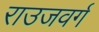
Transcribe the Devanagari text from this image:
राउजवर्ग